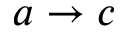
a \rightarrow c